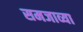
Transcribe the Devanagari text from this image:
समजाव्या